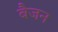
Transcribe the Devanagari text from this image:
बैजन